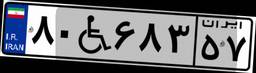
۵۳W۲۸۹۱۹